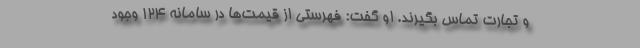
و تجارت تماس بگیرند. او گفت: فهرستی از قیمت‌ها در سامانه ۱۲۴ وجود